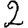
Digit: 2